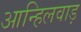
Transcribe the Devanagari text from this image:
आन्हिलवाड़